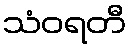
သံဝရတီ